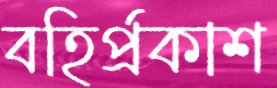
বহির্প্রকাশ